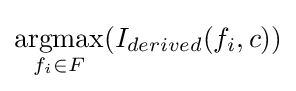
{\underset {f_{i}\in F}{\operatorname {argmax} }}(I_{derived}(f_{i},c))